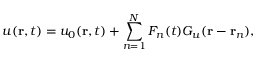
u ( \mathbf { r } , t ) = u _ { 0 } ( \mathbf { r } , t ) + \sum _ { n = 1 } ^ { N } F _ { n } ( t ) G _ { u } ( \mathbf { r } - \mathbf { r } _ { n } ) ,